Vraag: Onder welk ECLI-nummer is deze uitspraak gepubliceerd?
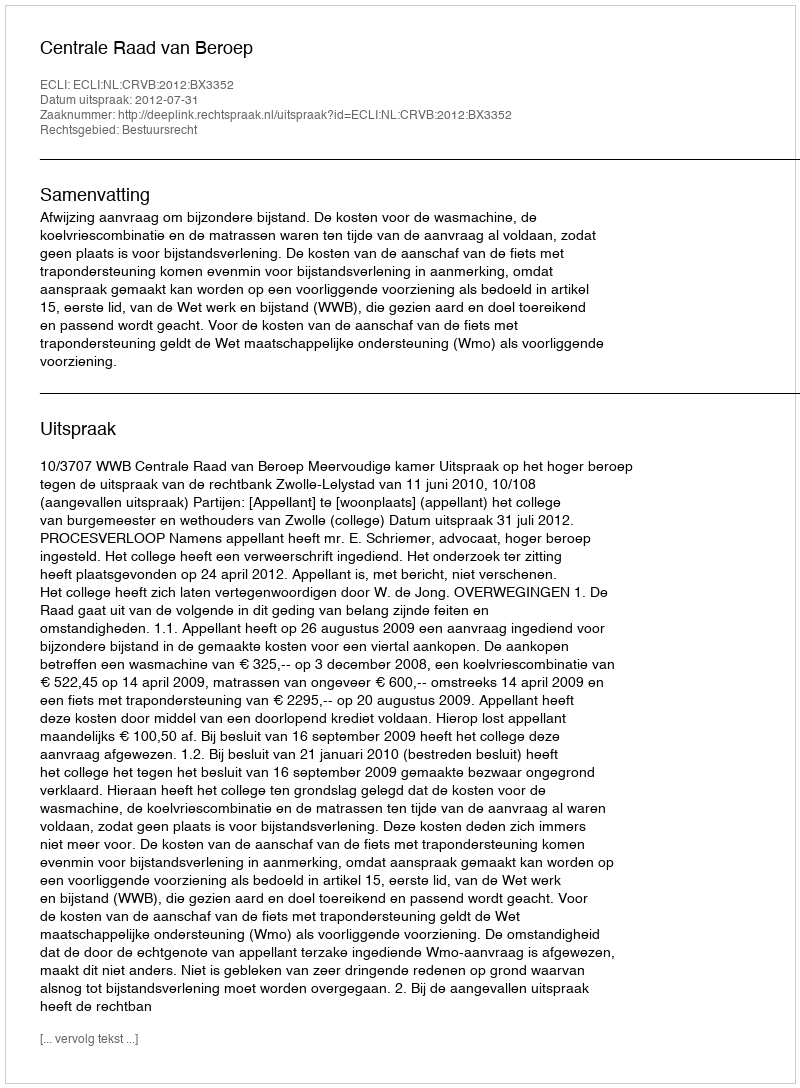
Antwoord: ECLI:NL:CRVB:2012:BX3352